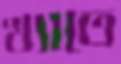
খ্যাতে